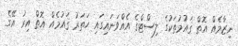
ނިޒާމެއް އޮތް ޤައުމުތަކުގެ ލިސްޓްގެ އެއްވަނައިގައި ހަތަރު ޤައުމެއް އޮތް އިރު އޭގެ